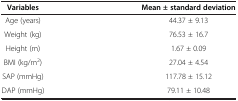
<table><thead><tr><td><b>Variables</b></td><td><b>Mean ± standard deviation</b></td></tr></thead><tbody><tr><td>Age (years)</td><td>44.37 ± 9.13</td></tr><tr><td>Weight (kg)</td><td>76.53 ± 16.7</td></tr><tr><td>Height (m)</td><td>1.67 ± 0.09</td></tr><tr><td>BMI (kg/m<sup>2</sup>)</td><td>27.04 ± 4.54</td></tr><tr><td>SAP (mmHg)</td><td>117.78 ± 15.12</td></tr><tr><td>DAP (mmHg)</td><td>79.11 ± 10.48</td></tr></tbody></table>